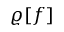
\varrho [ f ]